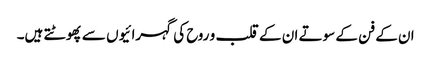
ان کے فن کے سوتے ان کے قلب و روح کی گہرائیوں سے پھوٹتے ہیں۔